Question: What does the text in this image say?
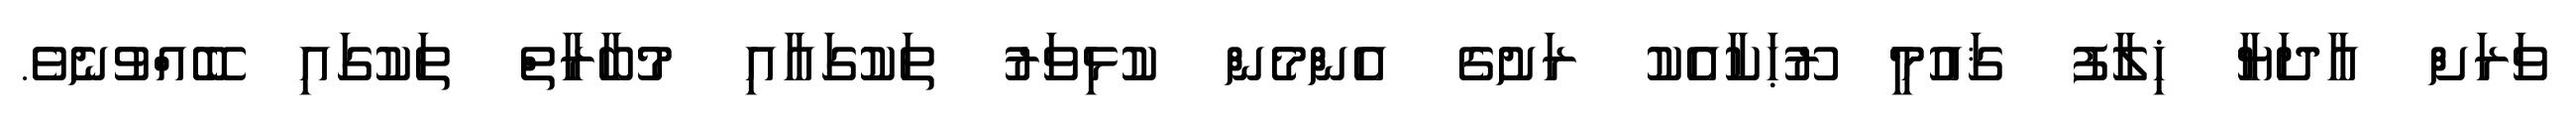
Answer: ވަރަށް އާދަޔާ ޚިލާފު ޤައުމީ ރޫޙަކާއެކު ރަށުގެ އެންމެން ކުޅިވަރު ތަކުގައާއި މުބާރާތް ތަކުގައި ބޭއްވުނެވެ.